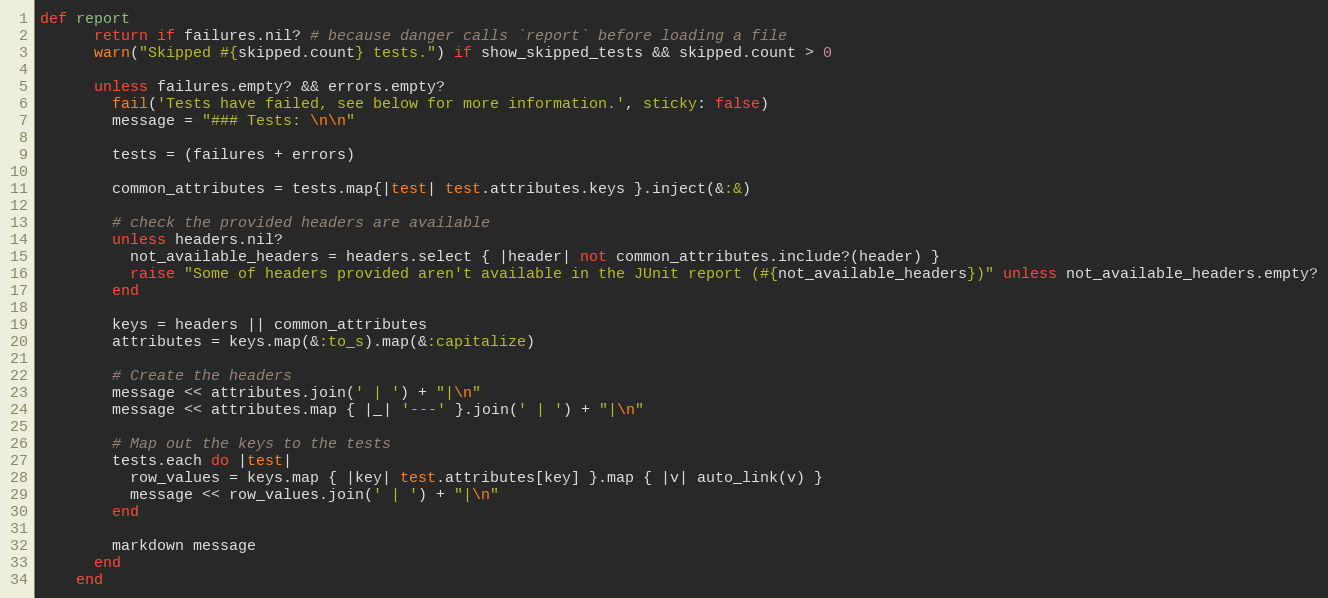
Language: Ruby
def report
      return if failures.nil? # because danger calls `report` before loading a file
      warn("Skipped #{skipped.count} tests.") if show_skipped_tests && skipped.count > 0

      unless failures.empty? && errors.empty?
        fail('Tests have failed, see below for more information.', sticky: false)
        message = "### Tests: \n\n"

        tests = (failures + errors)

        common_attributes = tests.map{|test| test.attributes.keys }.inject(&:&)

        # check the provided headers are available
        unless headers.nil?
          not_available_headers = headers.select { |header| not common_attributes.include?(header) }
          raise "Some of headers provided aren't available in the JUnit report (#{not_available_headers})" unless not_available_headers.empty?
        end

        keys = headers || common_attributes
        attributes = keys.map(&:to_s).map(&:capitalize)

        # Create the headers
        message << attributes.join(' | ') + "|\n"
        message << attributes.map { |_| '---' }.join(' | ') + "|\n"

        # Map out the keys to the tests
        tests.each do |test|
          row_values = keys.map { |key| test.attributes[key] }.map { |v| auto_link(v) }
          message << row_values.join(' | ') + "|\n"
        end

        markdown message
      end
    end